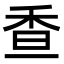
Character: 𩠺